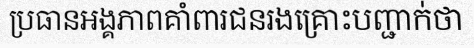
ប្រធានអង្គភាពគាំពារជនរងគ្រោះបញ្ជាក់ថា